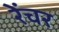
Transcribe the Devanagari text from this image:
रेंचर